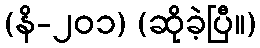
(နိ-၂၀၁) (ဆိုခဲ့ပြီ။)